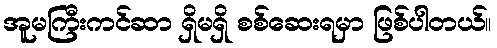
အူမကြီးကင်ဆာ ရှိမရှိ စစ်ဆေးရမှာ ဖြစ်ပါတယ်။